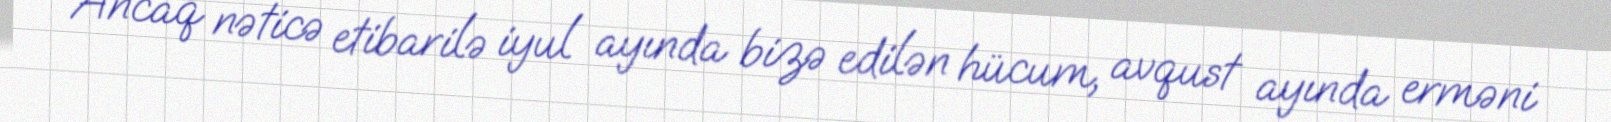
Ancaq nəticə etibarilə iyul ayında bizə edilən hücum, avqust ayında erməni